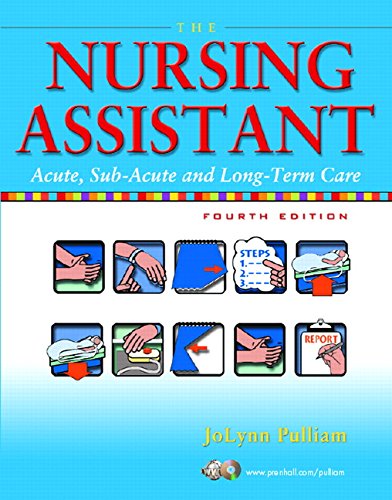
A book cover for The Nursing Assistant: Acute, Sub-Acute, and Long-Term Care (4th Edition); JoLynn Pulliam; Medical Books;